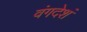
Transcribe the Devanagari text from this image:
वंगदेशं